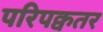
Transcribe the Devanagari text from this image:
परिपक्वतर